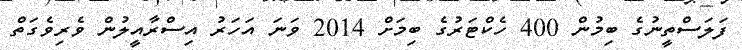
ފަލަސްތީނުގެ ބިމުން 400 ހެކްޓަރުގެ ބިމަށް 2014 ވަނަ އަހަރު އިސްރާއީލުން ވެރިވެގަތް